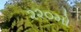
૨૨૦મો